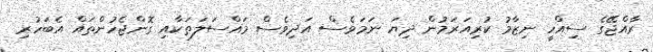
ރާއްޖޭގެ ސިއްހީ ނިޒާމު ކުރިއަރަމުން ދިޔަ ނަމަވެސް އަދިވެސް މައްސަލަތަކާއި ގޮންޖެހުންތައް އެބަހުރި